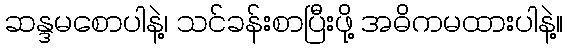
ဆန္ဒမစောပါနဲ့၊ သင်ခန်းစာပြီးဖို့ အဓိကမထားပါနဲ့။